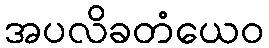
အပလိခတံယေဝ